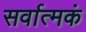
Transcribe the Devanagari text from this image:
सर्वात्मकं